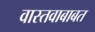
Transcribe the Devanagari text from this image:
वास्तवाबाबत